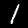
Digit: 1